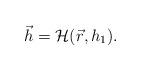
LaTeX: \begin{align*}\vec{h} = \mathcal{H} ( \vec{r}, h_1 ) . \end{align*}